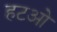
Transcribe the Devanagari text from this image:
हटओ